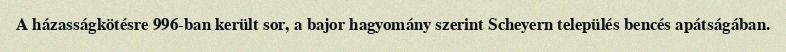
A házasságkötésre 996-ban került sor, a bajor hagyomány szerint Scheyern település bencés apátságában.